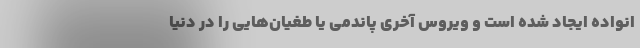
انواده ایجاد شده است و ویروس آخری پاندمی یا طغیان‌هایی را در دنیا